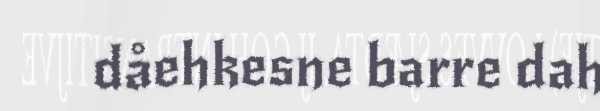
dåehkesne barre dah